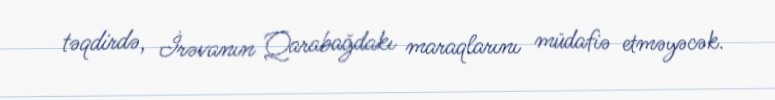
təqdirdə, İrəvanın Qarabağdakı maraqlarını müdafiə etməyəcək.